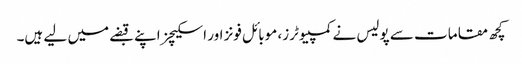
کچھ مقامات سے پولیس نے کمپیوٹرز، موبائل فونز اور اسکیچز اپنے قبضے میں لیے ہیں۔